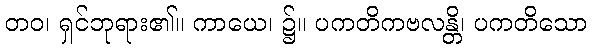
တဝ၊ ရှင်ဘုရား၏။ ကာယေ၊ ၌။ ပကတိကဗလန္တိ၊ ပကတိသော